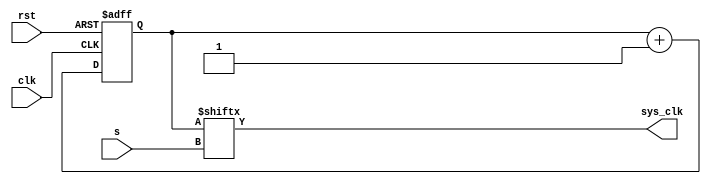
`timescale 1ns / 1ps
//////////////////////////////////////////////////////////////////////////////////
// Company: California Polytechnic University, Pomona
// 
// Design Name: 
// Module Name: clk_divider
// Project Name: Lab 6
// Target Devices: NEXYS A7 100T
// Tool Versions: 
// Description: Clock manager to control the refresh rate of the clock
// 
// Dependencies: NEXYS A7 100T 
// 
// Revision:
// Revision 0.01 - File Created
// Additional Comments:
// 
//////////////////////////////////////////////////////////////////////////////////


module clk_divider(
        input clk,
        input rst,
        
        input [4:0] s,
        output sys_clk //output
        );
        
        reg [31:0] tmp;
        
        always@(posedge clk or posedge rst)
            begin                   
            if(rst)             
                tmp <=0;        
            else                
                tmp <= tmp+1;   
        end                     
                                
        assign sys_clk = tmp[s];
        
endmodule